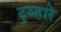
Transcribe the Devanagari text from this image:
टुव्हारे